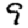
Digit: 9